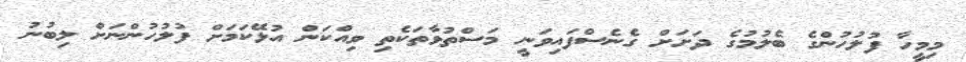
މިމީހާ ފުލުހުންގެ ބެލުމުގެ ދަށަށް ގެނެސްފައިވަނީ މަސްތުވާތަކެތި ވިއްކަން އުޅޭކަމަށް ފުލުހުންނަށް ލިބުނު